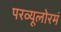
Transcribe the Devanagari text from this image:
परव्यूलोरमं